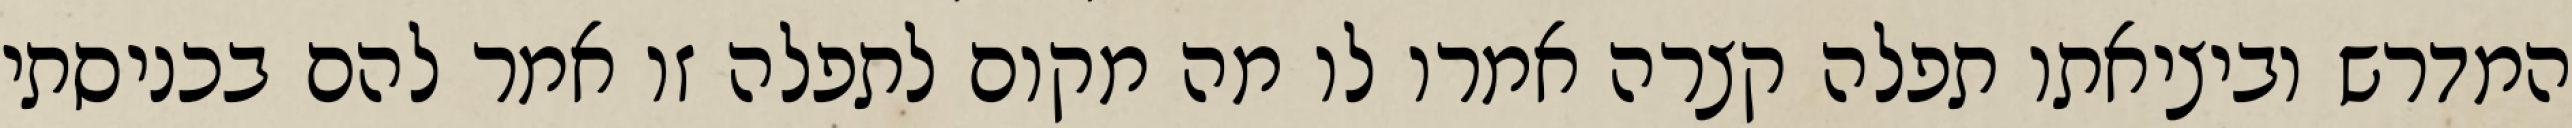
המדרש וביציאתו תפלה קצרה אמרו לו מה מקום לתפלה זו אמר להם בכניסתי